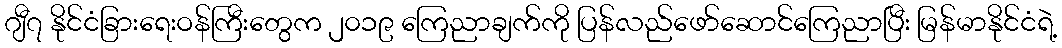
ဂျီ၇ နိုင်ငံခြားရေးဝန်ကြီးတွေက ၂၀၁၉ ကြေညာချက်ကို ပြန်လည်ဖော်ဆောင်ကြေညာပြီး မြန်မာနိုင်ငံရဲ့